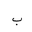
Letter: _ba